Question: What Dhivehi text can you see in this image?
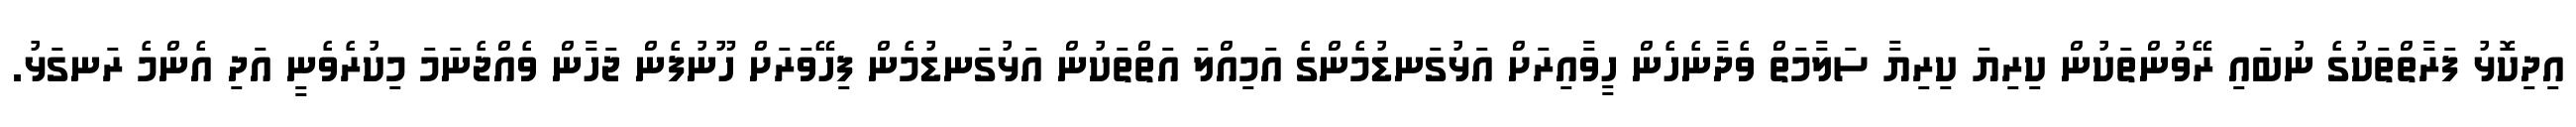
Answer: އިދިކޮޅު ފަރާތްތަކުގެ ނުބައި ރޭވުންތަކުން ކިރިޔަ ކިރިޔާ ސަލާމަތް ވެދާނެހެން ހީވާއިރަށް އަޅުގަނޑުމެންގެ އަމިއްލަ އަތްތަކުން އަޅުގަނޑުމެން ފިހޭވަރަށް ހޫނުފެން ޖަހާން ވެއްޖެނަމަ މިކުރެވެނީ އަދި އެންމެ ރަނގަޅު.